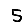
Digit: 5